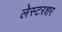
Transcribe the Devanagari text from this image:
लेस्टरशर